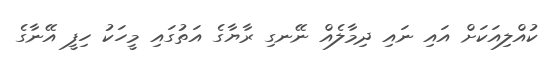
ކުއްލިއަކަށް އައި ނައި ދިމާލެއް ނޭނގި ރާޔާގެ އަތުގައި މީހަކު ހިފީ އޭނާގެ